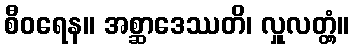
စီဝရေန။ အစ္ဆာဒေဿတိ၊ လှူလတ္တံ့။